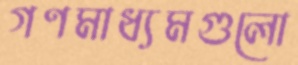
গণমাধ্যমগুলো